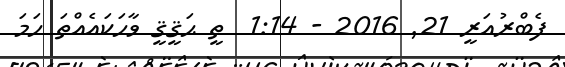
ފެބްރުއަރީ 21